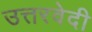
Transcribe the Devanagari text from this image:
उत्तरवेदी